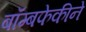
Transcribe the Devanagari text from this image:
बॉम्बफेकीने